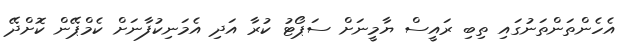
އެހެންތަންތަނުގައި ތިބި ރައީސް ޔާމީނަށް ސަޕޯޓު ކުރާ އަދި އެމަނިކުފާނަށް ކެމްޕޭން ކޮށްދޭ